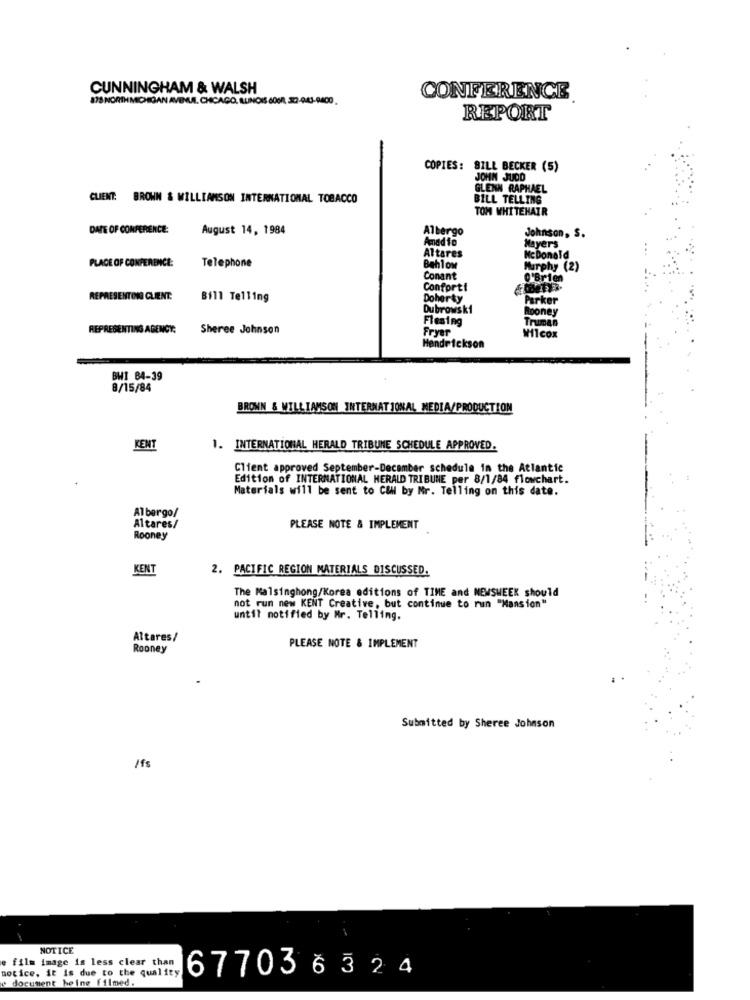
CUNNINGHAM & WALSH
875 NORTHMICHIGAN AVENUE. CHICAGO, ILLINOIS 606, 32-0-43-9400.
CONFERENCE
REPORT
COPIES: BILL BECKER (5)
JOHN JUDD
GLENN RAPHAEL
CLIENT. BROWN & WILLIAMSON INTERNATIONAL TOBACCO
BILL TELLING
TOM WHITEHAIR
DATE OF CONFERENCE:
August 14, 1984
Albergo
Johnson, S.
Amadfo
Mayers
PLACE OF CONFERENCE:
Altares
McDonald
Telephone
Bahlow
Murphy (2)
Conant
0'Brien
Conforti
REPRESENTING CLIENT.
Bill Telling
Doherty
Parker
Dubrowsk1
Rooney
Fleming
uman
REPRESENTING AGENCY:
Sheree Johnson
Fryer
Wilcox
Hendrickson
BWI 84-39
8/15/84
BROWN & WILLIAMSON INTERNAT JONAL MEDIA/PRODUCTION
KENT
1. INTERNATIONAL HERALD TRIBUNE SCHEDULE APPROVED.
Client approved September-December schedule in the Atlantic
Edition of INTERNATIONAL HERALD TRIBUNE per 8/1/84 flowchart.
Materials will be sent to Call by Mr. Telling on this date.
Albergo/
Altares/
PLEASE NOTE & IMPLEMENT
Rooney
KENT
2. PACIFIC REGION MATERIALS DISCUSSED.
The Malsinghong/Korea editions of TIME and NEWSWEEK should
not run new KENT Creative, but continue to run "Mansion"
until notified by Mr. Telling.
Altares/
Rooney
PLEASE NOTE & IMPLEMENT
Submitted by Sheree Johnson
/fs
NOTICE
e film image is less clear than
notice. it is due to the quality
677036324
e document heine filmed.